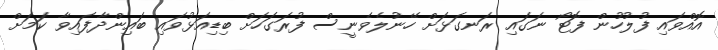
އޮއްވައި ފުލުހުން ފޮޓޯ ނަގައި ރަނގަޅަށް ހޭނުލެވެނީސް ފުރަގަހަށް ބިޑިއަޅުވައި ބައިންދާފައިވާ ކަމަށް